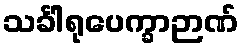
သင်္ခါရုပေက္ခာဉာဏ်